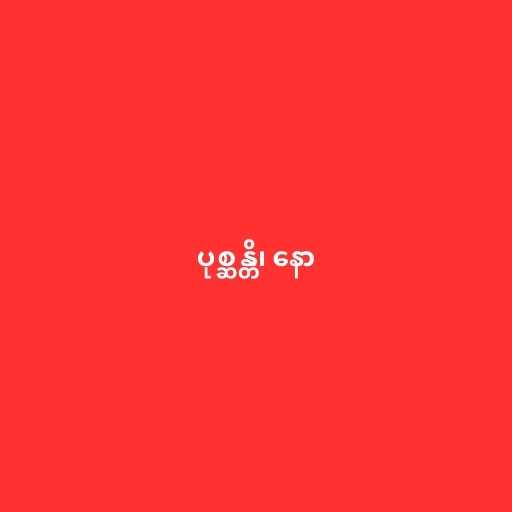
ပုစ္ဆန္တိ၊ နော